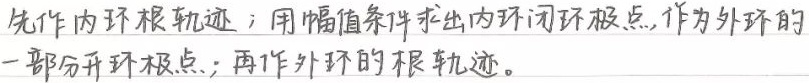
先作内环根轨迹；用幅值条件求出内环闭环极点，作为外环的一部分开环极点；再作外环的根轨迹。